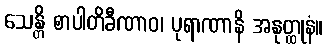
သေန္တိ စာပါတိခီဏာဝ၊ ပုရာဏာနိ အနုတ္ထုနံ။